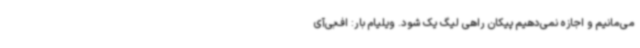
می‌مانیم و اجازه نمی‌دهیم پیکان راهی لیگ یک شود. ویلیام بار: اف‌بی‌آی